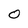
Character: O